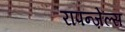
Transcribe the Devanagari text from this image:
रापन्ज़ेल्स